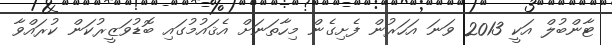
ޓާންބުލް އަކީ 2013 ވަނަ އަހަރުން ފެށިގެން މިހާތަނަށް އެޤައުމުގައި ބޮޑުވަޒީރުކަން ކުރައްވާ